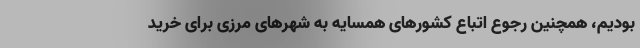
بودیم، همچنین رجوع اتباع کشورهای همسایه به شهرهای مرزی برای خرید